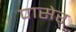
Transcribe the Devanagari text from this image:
पासेर्